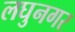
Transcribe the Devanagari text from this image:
लघुनगर